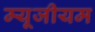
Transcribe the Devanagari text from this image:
म्‍यूजीयम